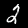
Label: 2